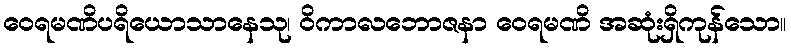
ဝေရမဏိပရိယောသာနေသု၊ ဝိကာလဘောဇနာ ဝေရမဏိ အဆုံးရှိကုန်သော။